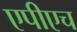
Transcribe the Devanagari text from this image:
एपीएच